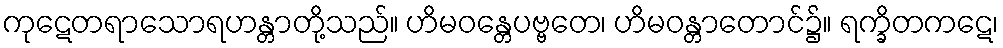
ကုဋေတရာသောရဟန္တာတို့သည်။ ဟိမဝန္တေပဗ္ဗတေ၊ ဟိမဝန္တာတောင်၌။ ရက္ခိတကဋေ၊